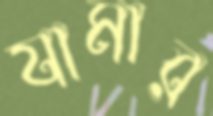
যামার